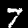
Label: 7